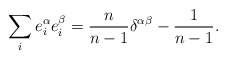
\begin{align*}\sum_{i} e^{\alpha}_{i} e^{\beta}_{i} =\frac{n}{n-1} \delta^{\alpha \beta} -\frac{1}{n-1}. \end{align*}